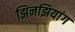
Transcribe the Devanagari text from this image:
झिनझियांग